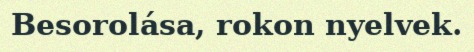
Besorolása, rokon nyelvek.